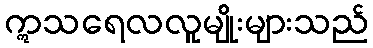
ဣသရေလလူမျိုးများသည်